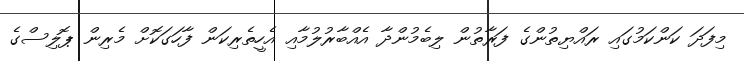
މިފަދަ ކަންކަމުގައި ރައްޔިތުންގެ ފަރާތުން ލިބެމުންދާ އެއްބާރުލުމާއި އެހީތެރިކަން ފާހަގަކޮށް މެރިން ޕޮލިސްގެ